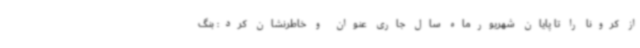
از کرونا را تا پایان شهریورماه سال جاری عنوان و خاطرنشان کرد: بنگ